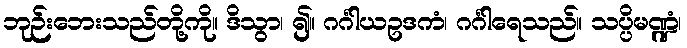
ဘုဉ်းဘေးသည်တို့ကို။ ဒိသွာ၊ ၍။ ဂင်္ဂါယဥဒကံ၊ ဂင်္ဂါရေသည်။ သပ္ပိမဏ္ဍံ၊